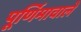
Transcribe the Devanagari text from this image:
पूर्णिमावाले